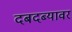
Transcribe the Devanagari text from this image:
दबदब्यावर